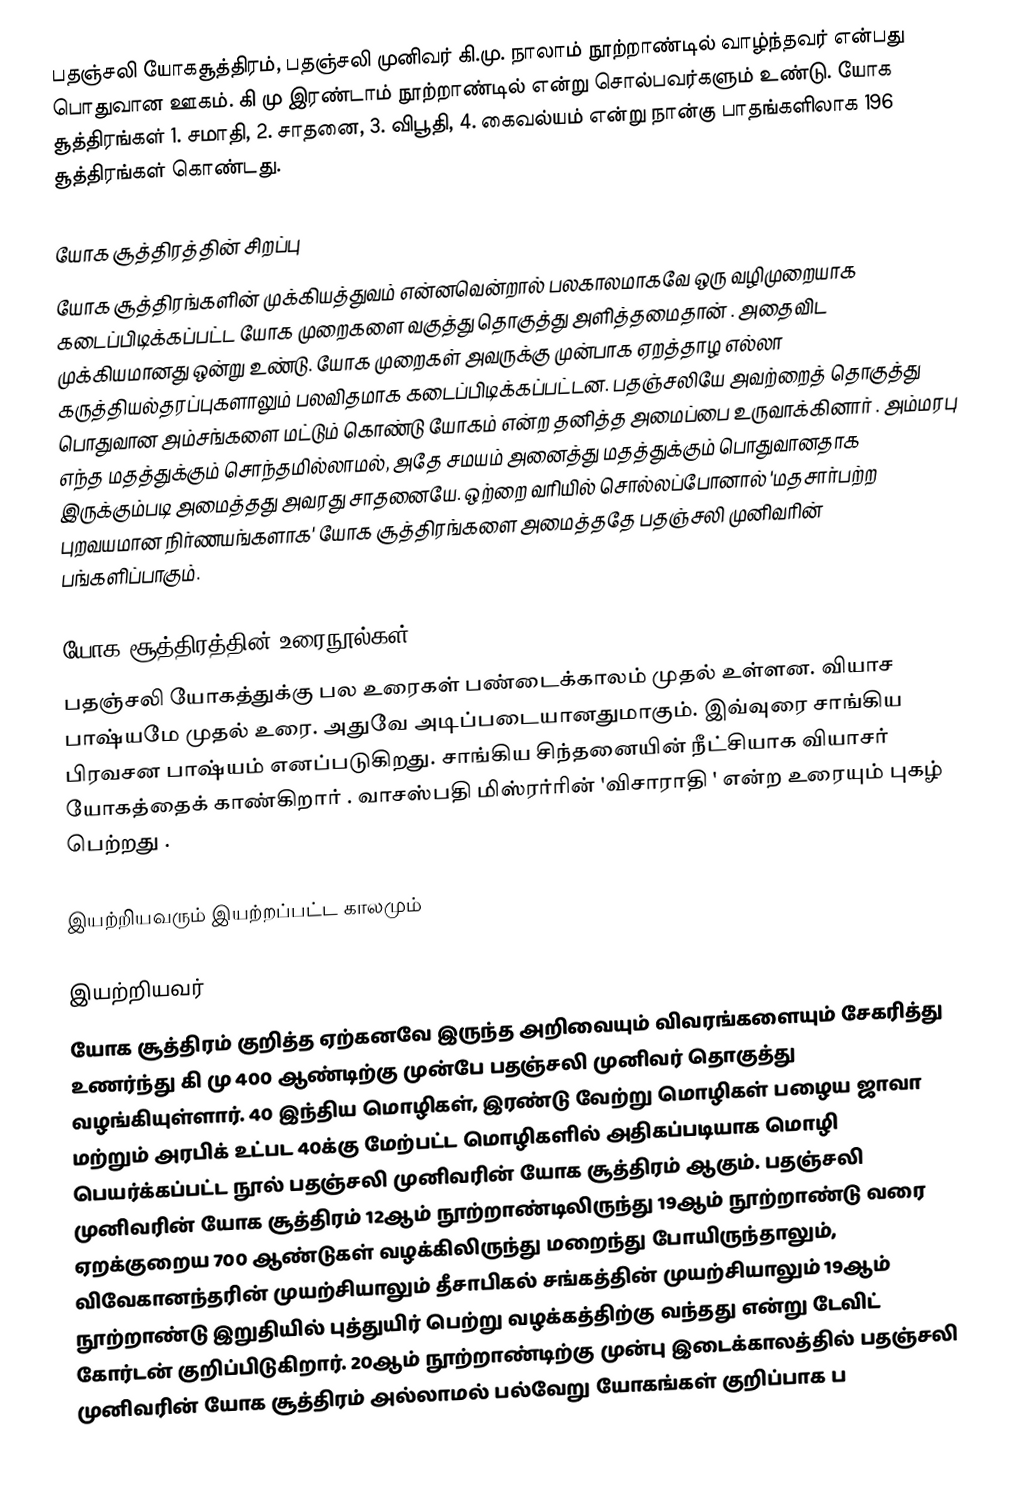
பதஞ்சலி யோகசூத்திரம், பதஞ்சலி முனிவர் கி.மு. நாலாம் நூற்றாண்டில் வாழ்ந்தவர் என்பது பொதுவான ஊகம். கி மு இரண்டாம் நூற்றாண்டில் என்று சொல்பவர்களும் உண்டு. யோக சூத்திரங்கள் 1. சமாதி, 2. சாதனை, 3. விபூதி, 4. கைவல்யம் என்று நான்கு பாதங்களிலாக 196 சூத்திரங்கள் கொண்டது.

யோக சூத்திரத்தின் சிறப்பு
யோக சூத்திரங்களின் முக்கியத்துவம் என்னவென்றால் பலகாலமாகவே ஒரு வழிமுறையாக கடைப்பிடிக்கப்பட்ட யோக முறைகளை வகுத்து தொகுத்து அளித்தமைதான் . அதைவிட முக்கியமானது ஒன்று உண்டு. யோக முறைகள் அவருக்கு முன்பாக ஏறத்தாழ எல்லா கருத்தியல்தரப்புகளாலும் பலவிதமாக கடைப்பிடிக்கப்பட்டன. பதஞ்சலியே அவற்றைத் தொகுத்து பொதுவான அம்சங்களை மட்டும் கொண்டு யோகம் என்ற தனித்த அமைப்பை உருவாக்கினார் . அம்மரபு எந்த மதத்துக்கும் சொந்தமில்லாமல், அதே சமயம் அனைத்து மதத்துக்கும் பொதுவானதாக இருக்கும்படி அமைத்தது அவரது சாதனையே. ஒற்றை வரியில் சொல்லப்போனால் 'மதசார்பற்ற புறவயமான நிர்ணயங்களாக' யோக சூத்திரங்களை அமைத்ததே பதஞ்சலி முனிவரின் பங்களிப்பாகும்.

யோக சூத்திரத்தின் உரைநூல்கள்
பதஞ்சலி யோகத்துக்கு பல உரைகள் பண்டைக்காலம் முதல் உள்ளன. வியாச பாஷ்யமே முதல் உரை. அதுவே அடிப்படையானதுமாகும். இவ்வுரை சாங்கிய பிரவசன பாஷ்யம் எனப்படுகிறது. சாங்கிய சிந்தனையின் நீட்சியாக வியாசர் யோகத்தைக் காண்கிறார் . வாசஸ்பதி மிஸ்ரர்ரின் 'விசாராதி ' என்ற உரையும் புகழ் பெற்றது .

இயற்றியவரும் இயற்றப்பட்ட காலமும்

இயற்றியவர்
யோக சூத்திரம் குறித்த ஏற்கனவே இருந்த அறிவையும் விவரங்களையும் சேகரித்து உணர்ந்து கி மு 400 ஆண்டிற்கு முன்பே பதஞ்சலி முனிவர் தொகுத்து வழங்கியுள்ளார். 40 இந்திய மொழிகள், இரண்டு வேற்று மொழிகள் பழைய ஜாவா மற்றும் அரபிக் உட்பட 40க்கு மேற்பட்ட மொழிகளில் அதிகப்படியாக மொழி பெயர்க்கப்பட்ட நூல் பதஞ்சலி முனிவரின் யோக சூத்திரம் ஆகும். பதஞ்சலி முனிவரின் யோக சூத்திரம் 12ஆம் நூற்றாண்டிலிருந்து 19ஆம் நூற்றாண்டு வரை ஏறக்குறைய 700 ஆண்டுகள் வழக்கிலிருந்து மறைந்து போயிருந்தாலும், விவேகானந்தரின் முயற்சியாலும்  தீசாபிகல் சங்கத்தின் முயற்சியாலும் 19ஆம் நூற்றாண்டு இறுதியில் புத்துயிர் பெற்று வழக்கத்திற்கு வந்தது என்று டேவிட் கோர்டன் குறிப்பிடுகிறார். 20ஆம் நூற்றாண்டிற்கு முன்பு இடைக்காலத்தில் பதஞ்சலி முனிவரின் யோக சூத்திரம் அல்லாமல் பல்வேறு யோகங்கள் குறிப்பாக ப